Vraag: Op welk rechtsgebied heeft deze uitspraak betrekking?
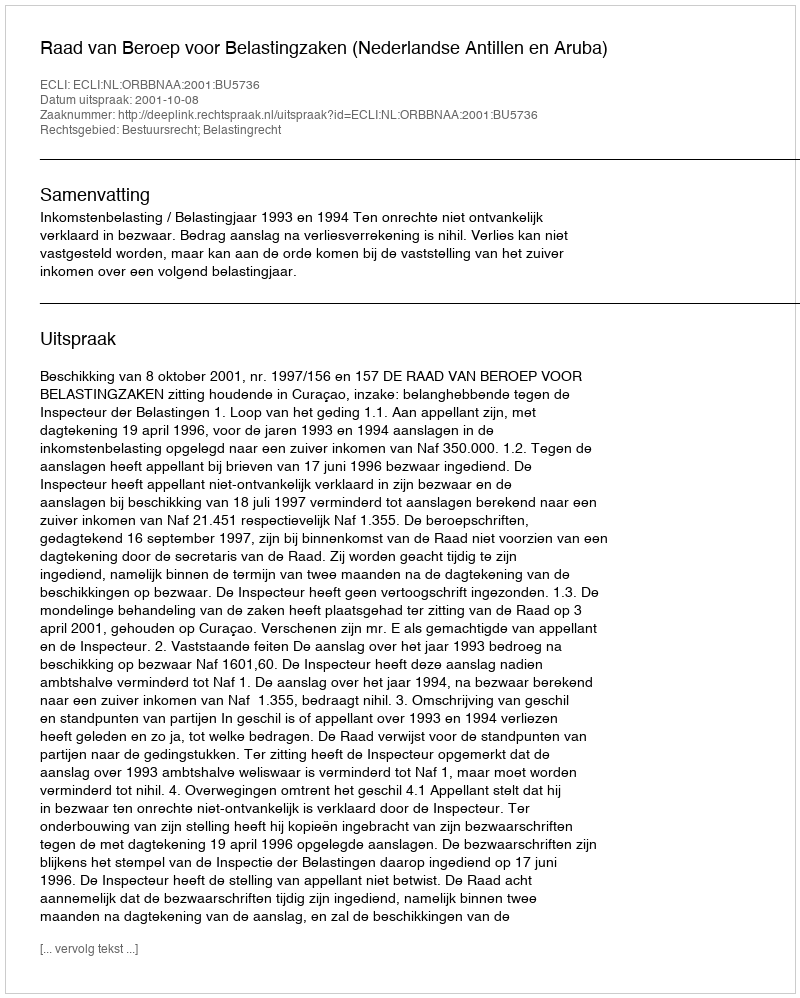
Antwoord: Bestuursrecht; Belastingrecht